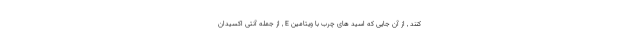
کنند , از آن جایی که اسید های چرب با ویتامین E , از جمله آنتی اکسیدان